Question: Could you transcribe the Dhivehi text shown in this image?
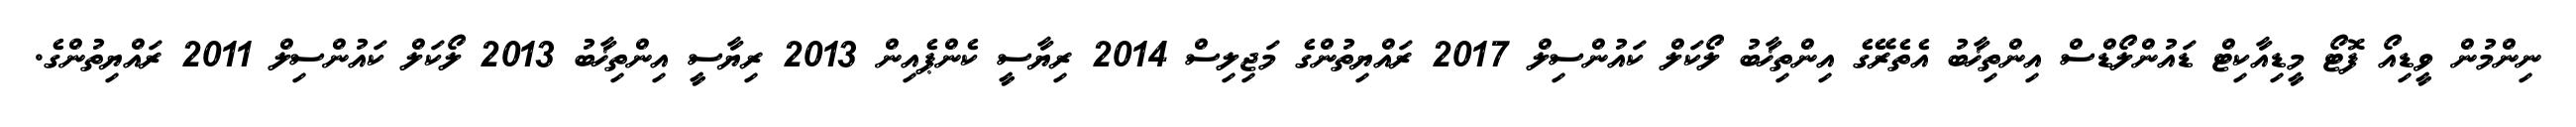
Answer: ނިންމުން ވީޑިއޯ ފޮޓޯ މީޑިއާކިޓް ޑައުންލޯޑްސް އިންތިޚާބު އެތެރޭގެ އިންތިޚާބު ލޯކަލް ކައުންސިލް 2017 ރައްޔިތުންގެ މަޖިލިސް 2014 ރިޔާސީ ކެންޕެއިން 2013 ރިޔާސީ އިންތިޚާބު 2013 ލޯކަލް ކައުންސިލް 2011 ރައްޔިތުންގެ.